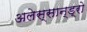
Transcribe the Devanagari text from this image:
अलेस्सान्ड्रो